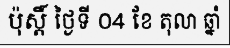
ប៉ុស្តិ៍ ថ្ងៃទី 04 ខែ តុលា ឆ្នាំ